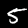
Label: 5